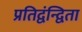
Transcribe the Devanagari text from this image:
प्रतिद्वंन्द्विता